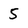
Character: 5